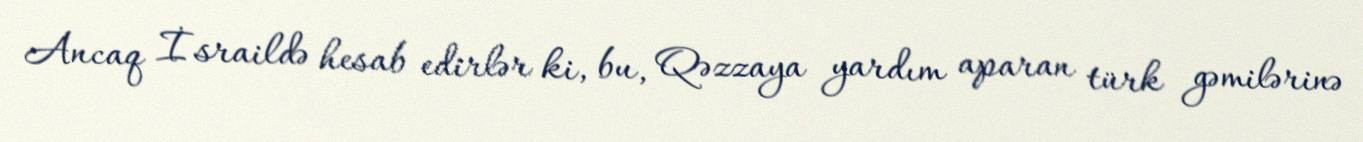
Ancaq İsraildə hesab edirlər ki, bu, Qəzzaya yardım aparan türk gəmilərinə